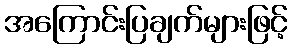
အကြောင်းပြချက်များဖြင့်